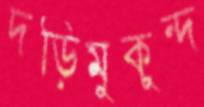
দড়িমুকুন্দ